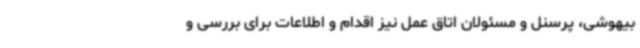
بیهوشی، پرسنل و مسئولان اتاق عمل نیز اقدام و اطلاعات برای بررسی و